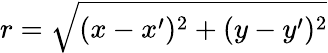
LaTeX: r=\sqrt{(x-x^{\prime})^{2}+(y-y^{\prime})^{2}}